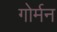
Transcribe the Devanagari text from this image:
गोर्मन